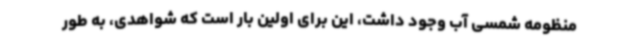
منظومه شمسی آب وجود داشت، این برای اولین بار است که شواهدی، به طور